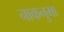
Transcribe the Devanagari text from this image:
नाकनुमा